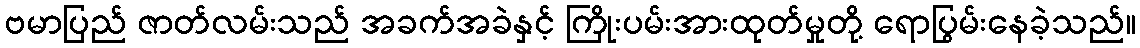
ဗမာပြည် ဇာတ်လမ်းသည် အခက်အခဲနှင့် ကြိုးပမ်းအားထုတ်မှုတို့ ရောပြွမ်းနေခဲ့သည်။